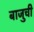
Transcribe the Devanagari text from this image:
बाजुची